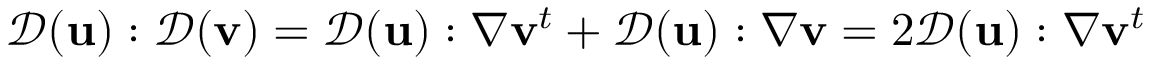
{ \mathcal { D } } ( { \mathbf u } ) : { \mathcal { D } } ( { \mathbf v } ) = { \mathcal { D } } ( { \mathbf u } ) : \nabla { \mathbf v } ^ { t } + { \mathcal { D } } ( { \mathbf u } ) : \nabla { \mathbf v } = 2 { \mathcal { D } } ( { \mathbf u } ) : \nabla { \mathbf v } ^ { t }